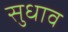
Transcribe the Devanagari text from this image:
सुधाव